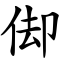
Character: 㑢